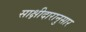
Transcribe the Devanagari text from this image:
साक्षीदारानुसार